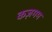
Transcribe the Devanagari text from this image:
कज़गम